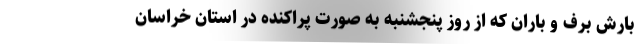
بارش برف و باران که از روز پنجشنبه به صورت پراکنده در استان خراسان